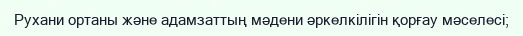
Рухани ортаны және адамзаттың мәдени әркелкілігін қорғау мәселесі;